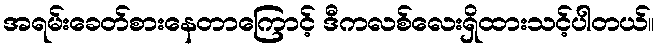
အရမ်းခေတ်စားနေတာကြောင့် ဒီကလစ်လေးရှိထားသင့်ပါတယ်။